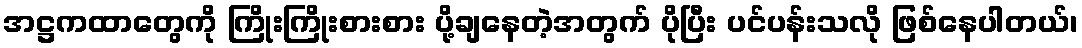
အဋ္ဌကထာတွေကို ကြိုးကြိုးစားစား ပို့ချနေတဲ့အတွက် ပိုပြီး ပင်ပန်းသလို ဖြစ်နေပါတယ်၊